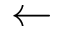
\leftarrow